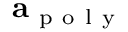
\mathbf { a } _ { \mathrm { ~ p ~ o ~ l ~ y ~ } }